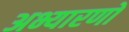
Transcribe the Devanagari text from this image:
अभ्यारणों